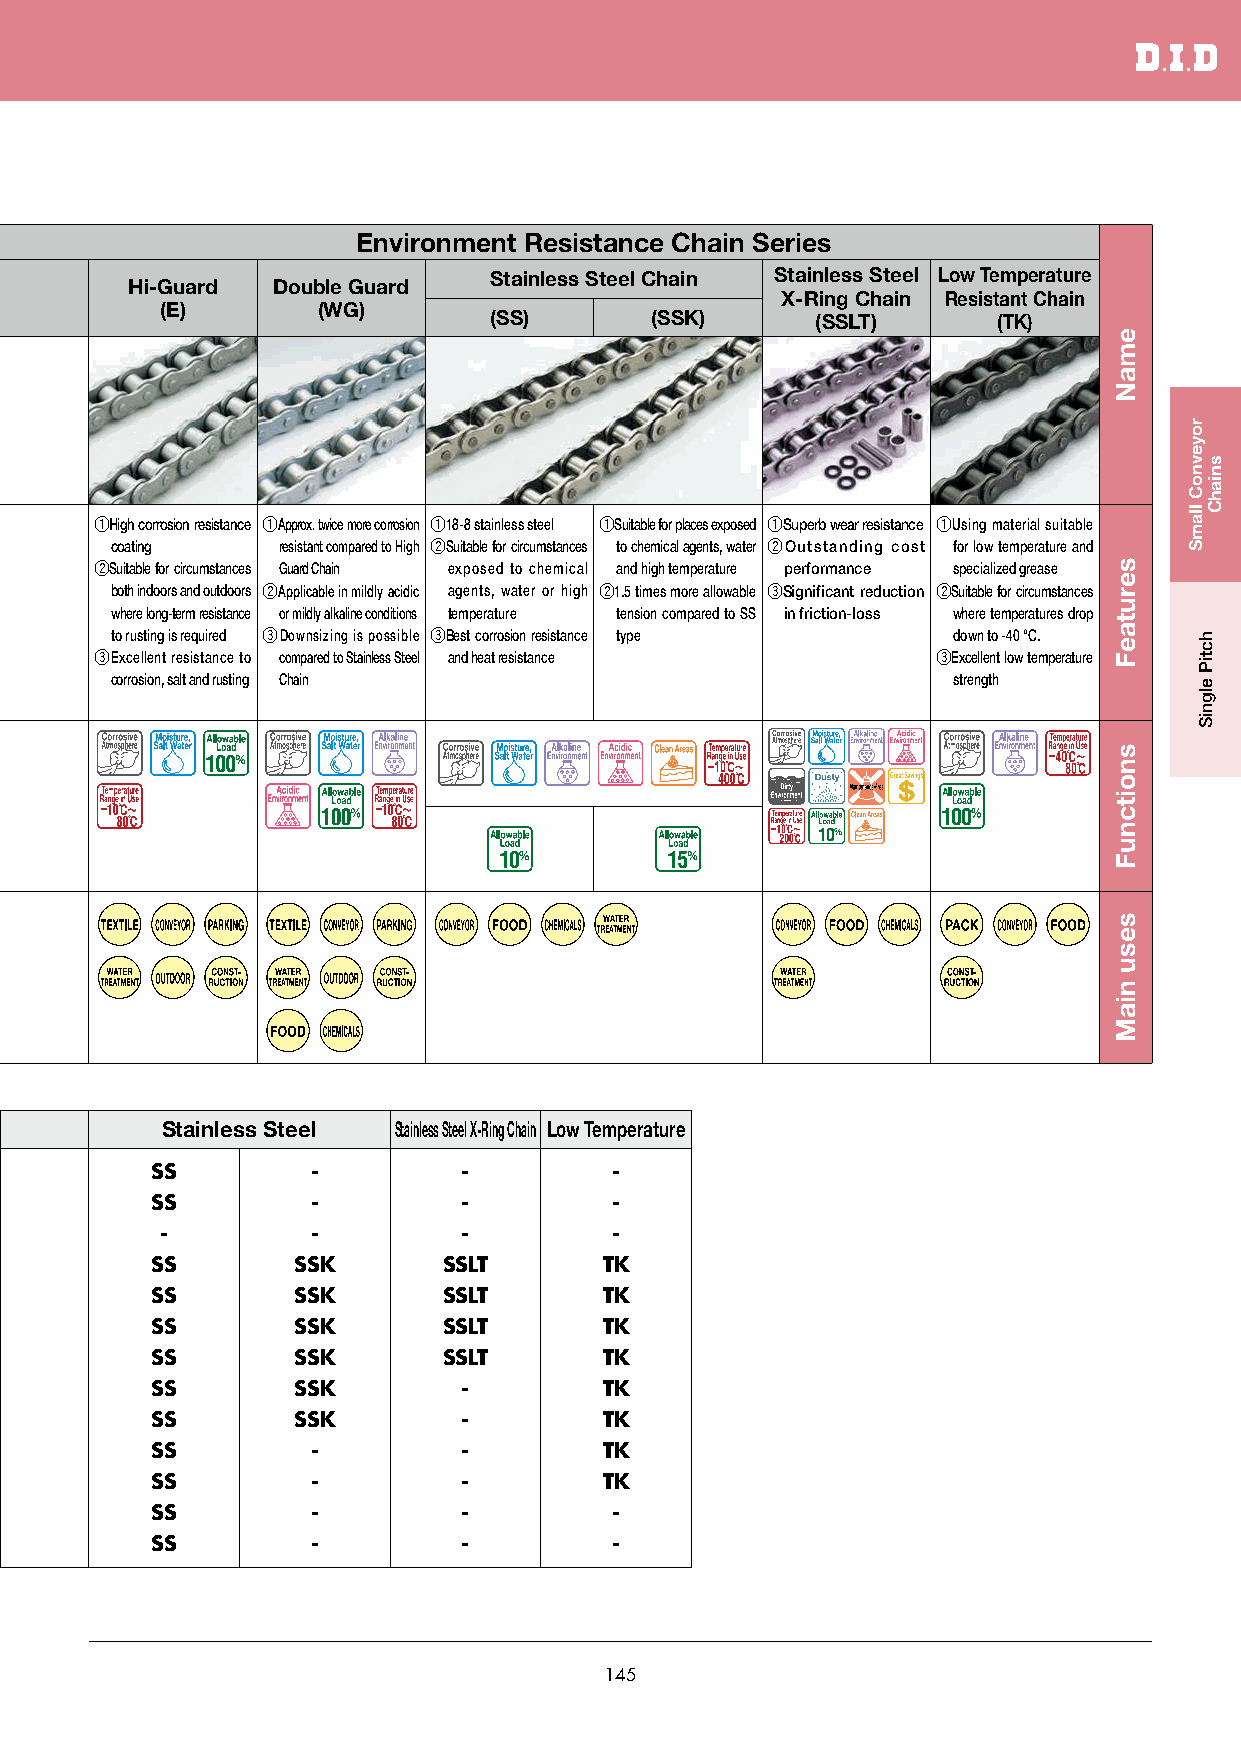
Environment Resistance Chain Series
 Stainless Steel Chain Stainless Steel Low Temperature
 Hi-Guard  Double Guard
 X-Ring Chain Resistant Chain
 (E)       (WG)
 (SS)       (SSK)      (SSLT)      (TK)
 qHigh corrosion resistance qApprox. twice more corrosion q18-8 stainless steel qSuitable for places exposed qSuperb wear resistance qUsing material suitable
 coating    resistant compared to High wSuitable for circumstances to chemical agents, water wOutstanding cost for low temperature and
 wSuitable for circumstances Guard Chain exposed to chemical and high temperature performance specialized grease
 both indoors and outdoors wApplicable in mildly acidic agents, water or high w1.5 times more allowable eSignificant reduction wSuitable for circumstances
 where long-term resistance or mildly alkaline conditions temperature tension compared to SS in friction-loss where temperatures drop
 to rusting is required eDownsizing is possible eBest corrosion resistance type down to -40 °C.
 eExcellent resistance to compared to Stainless Steel and heat resistance eExcellent low temperature
 corrosion, salt and rusting Chain                       strength
 Stainless Steel Stainless Steel X-Ring Chain Low Temperature
 SS         -         -        -
 SS         -         -        -
 -         -         -        -
 SS       SSK       SSLT       TK
 SS       SSK       SSLT       TK
 SS       SSK       SSLT       TK
 SS       SSK       SSLT       TK
 SS       SSK         -        TK
 SS       SSK         -        TK
 SS         -         -        TK
 SS         -         -        TK
 SS         -         -        -
 SS         -         -        -
 145
 emaN
 serutaeF
 snoitcnuF
 sesu
 niaM
 royevnoC
 llamS
 hctiP
 elgniS
 sniahC